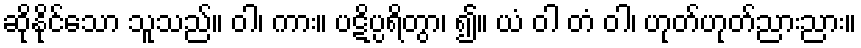
ဆိုနိုင်သော သူသည်။ ဝါ၊ ကား။ ပဋိပ္ပရိတွာ၊ ၍။ ယံ ဝါ တံ ဝါ၊ ဟုတ်ဟုတ်ညားညား။